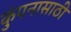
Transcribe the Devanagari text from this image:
कुंपनासाठी